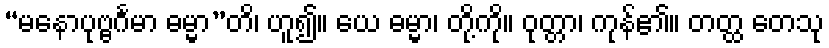
“မနောပုဗ္ဗင်္ဂမာ ဓမ္မာ”တိ၊ ဟူ၍။ ယေ ဓမ္မာ၊ တို့ကို။ ဝုတ္တာ၊ ကုန်၏။ တတ္ထ တေသု